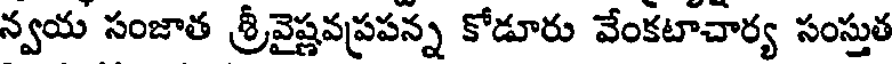
న్వయ సంజాత శ్రీవైష్ణవప్రపన్న కోడూరు వేంకటాచార్య సంస్తుత